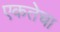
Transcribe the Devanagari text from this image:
एकतेचा